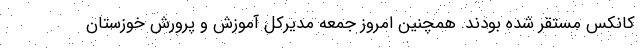
کانکس مستقر شده بودند. همچنین امروز جمعه مدیرکل آموزش و پرورش خوزستان